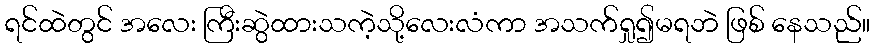
ရင်ထဲတွင် အလေး ကြီးဆွဲထားသကဲ့သို့လေးလံကာ အသက်ရှု၍မရဘဲ ဖြစ် နေသည်။